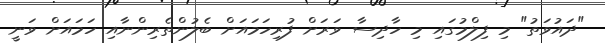
"ދައުވަތު" މި ފިލްމުގައި މި ހާދިސާ ވަރަށް ފުރިހަމައަށް ބެލުންތެރިންނާއި ހަމައަށް ވަނީ